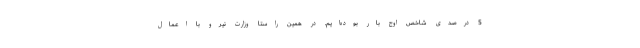
5 درصدی شاخص اوج بار بوده‌ایم. در همین راستا وزارت نیرو با اعمال